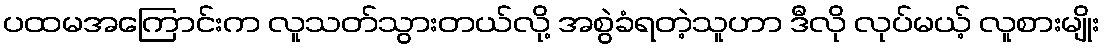
ပထမအကြောင်းက လူသတ်သွားတယ်လို့ အစွဲခံရတဲ့သူဟာ ဒီလို လုပ်မယ့် လူစားမျိုး